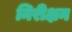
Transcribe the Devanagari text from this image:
निरीक्षन